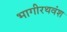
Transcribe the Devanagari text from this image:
भागीरथवंश